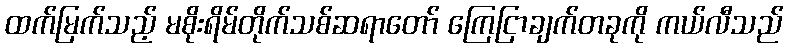
ထက်မြက်သည့် မစိုးရိမ်တိုက်သစ်ဆရာတော် ကြေငြာချက်တခုကို ကယ်လီသည်